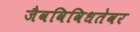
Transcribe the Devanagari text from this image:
जैवविविधतेवर